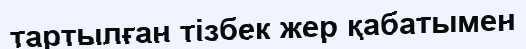
тартылған тізбек жер қабатымен